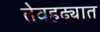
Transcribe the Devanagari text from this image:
तेवहढ्यात